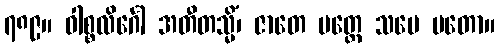
၇၈၉။ ဝါစ္စလိင်္ဂေါ အတီတသ္မိံ၊ ဇာတေ ပတ္တေ သမေ မတော။